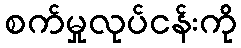
စက်မှုလုပ်ငန်းကို